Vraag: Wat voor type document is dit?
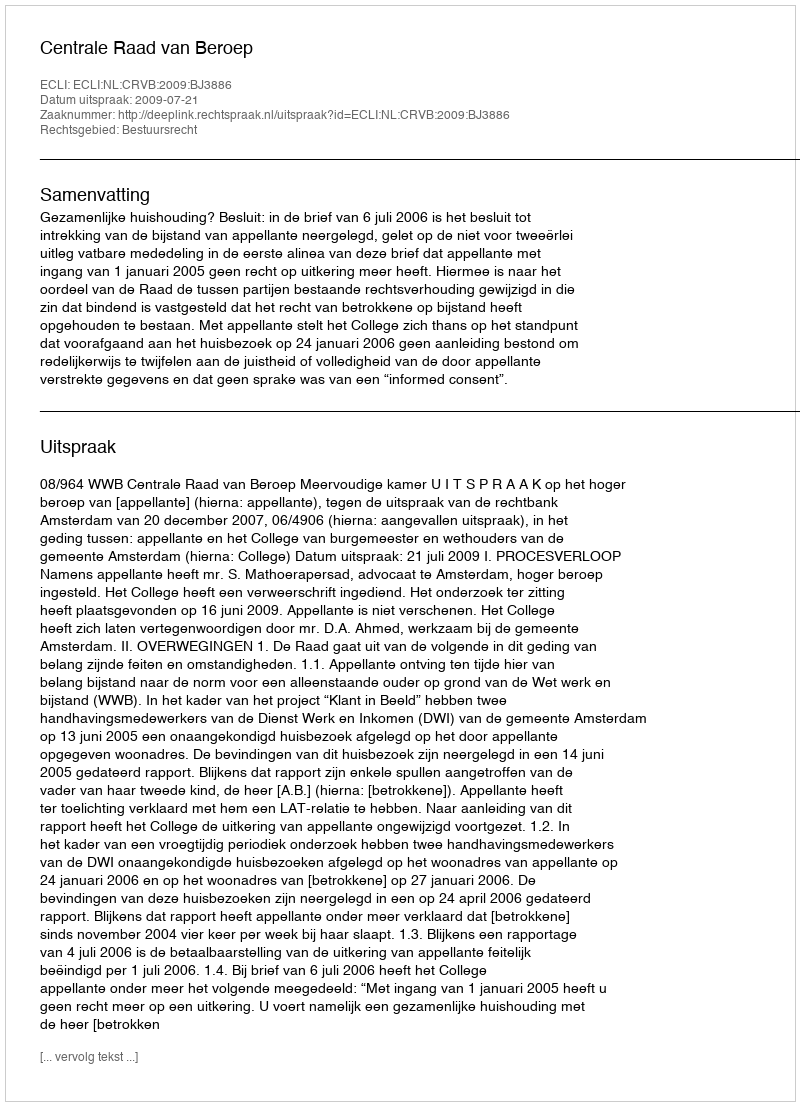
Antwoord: Uitspraak